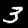
Label: 3